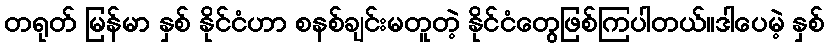
တရုတ် မြန်မာ နှစ် နိုင်ငံဟာ စနစ်ချင်းမတူတဲ့ နိုင်ငံတွေဖြစ်ကြပါတယ်။ဒါပေမဲ့ နှစ်